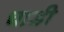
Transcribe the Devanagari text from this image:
घाडी